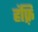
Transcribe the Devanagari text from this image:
हंफ़्रि